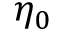
\eta _ { 0 }